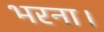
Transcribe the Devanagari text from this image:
भरना।